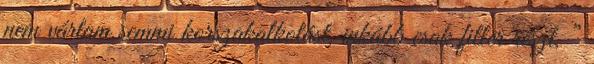
nem vártam semmi korszakalkotást, inkább csak filler részt, ”